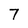
Character: 7